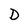
Character: D